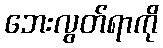
ဘေးလွတ်ရာကို